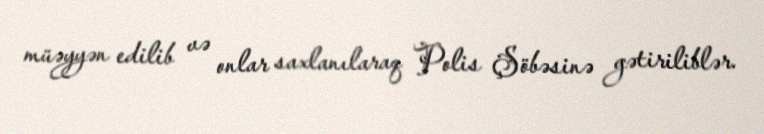
müəyyən edilib və onlar saxlanılaraq Polis Şöbəsinə gətiriliblər.